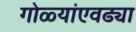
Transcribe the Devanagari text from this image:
गोळ्यांएवढ्या